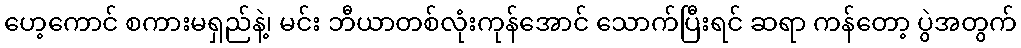
ဟေ့ကောင် စကားမရှည်နဲ့၊ မင်း ဘီယာတစ်လုံးကုန်အောင် သောက်ပြီးရင် ဆရာ ကန်တော့ ပွဲအတွက်